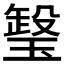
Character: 𤧧